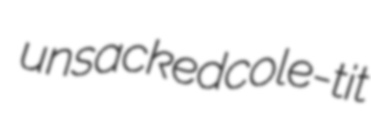
unsacked cole-tit